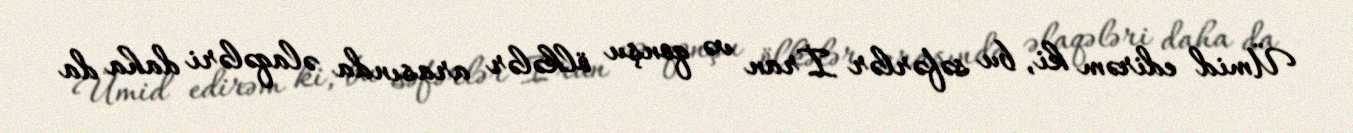
Ümid edirəm ki, bu səfərlər İran və qonşu ölkələr arasında əlaqələri daha da